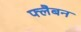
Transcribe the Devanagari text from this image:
फ्लैबन